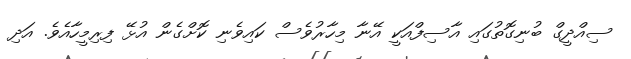
ސިއްދީގް ބުނިގޮތުގައި އާސިފްއަކީ އޭނާ މިހާރުވެސް ކައިވެނި ކޮށްގެން އުޅޭ ފިރިމީހާއެވެ. އަދި